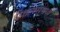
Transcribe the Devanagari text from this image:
फिल्म्समध्ये